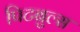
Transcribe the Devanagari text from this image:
पिटबुल्स